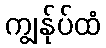
ကျွန်ုပ်ထံ